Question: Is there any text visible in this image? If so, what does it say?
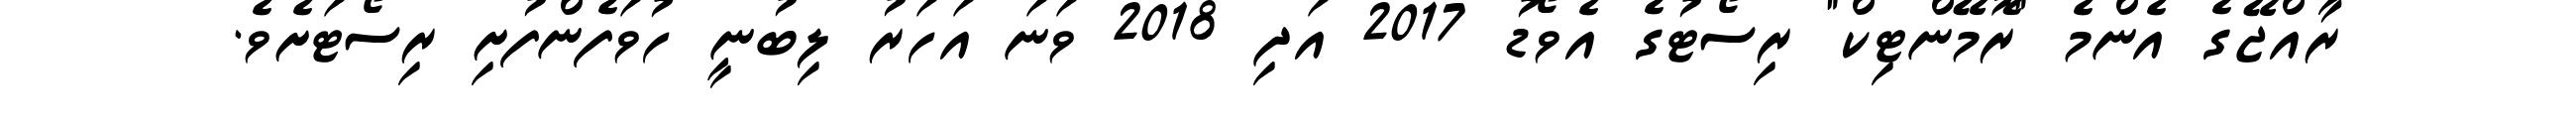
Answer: ރާއްޖޭގެ އެންމެ "ރޮމޭންޓިކް" ރިސޯޓުގެ އެވޯޑު 2017 އަދި 2018 ވަނަ އަހަރު ލިބުނީ ހުވަފެންފުށި ރިސޯޓަށެވެ.